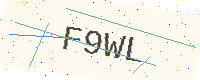
Text: F9WL